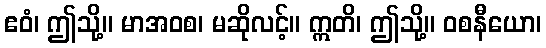
ဧဝံ၊ ဤသို့။ မာအဝစ၊ မဆိုလင့်။ ဣတိ၊ ဤသို့။ ဝစနီယော၊